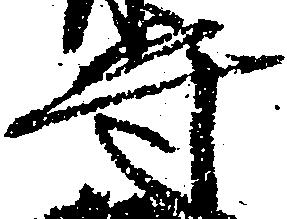
守